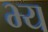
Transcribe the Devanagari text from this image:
भ्य